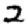
Digit: 2